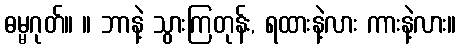
ဓမ္မဂုတ်။ ။ ဘာနဲ့ သွားကြတုန်း, ရထားနဲ့လား ကားနဲ့လား။